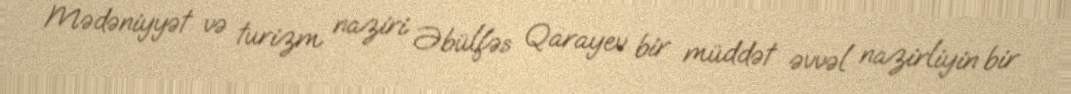
Mədəniyyət və turizm naziri Əbülfəs Qarayev bir müddət əvvəl nazirliyin bir